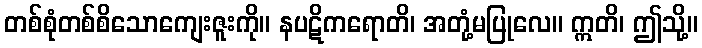
တစ်စုံတစ်စိသောကျေးဇူးကို။ နပဋိကရောတိ၊ အတုံ့မပြုလေ။ ဣတိ၊ ဤသို့။